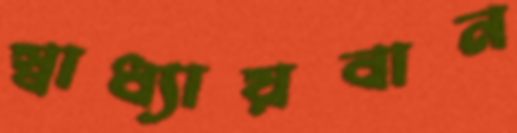
স্বাধ্যায়বান